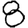
Digit: 8